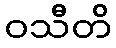
ဝသီတိ